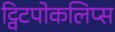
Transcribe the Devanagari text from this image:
ट्विटपोकलिप्स